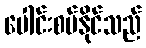
ပေါင်းစပ်နိုင်သည်